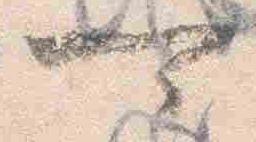
可